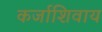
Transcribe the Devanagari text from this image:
कर्जाशिवाय